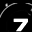
Digit: 7